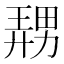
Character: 𪟤